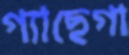
গ্যাছেগা